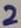
Text: 2